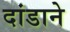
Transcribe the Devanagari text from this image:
दांडाने